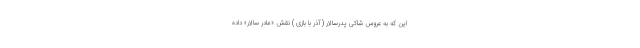
این که به عروس شاکی پدر‌سالار (آذر با بازی ) نقش «مادر سالار» داده